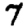
Digit: 7